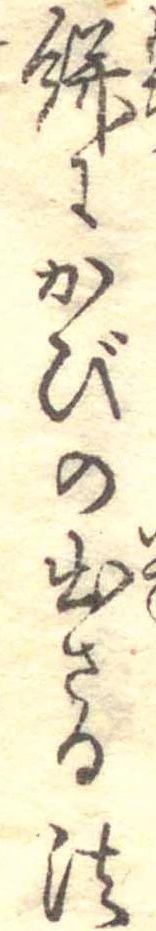
餅にかびの出さる法